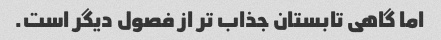
اما گاهی تابستان جذاب تر از فصول دیگر است.